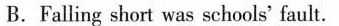
B.Falling short was schools' fault.